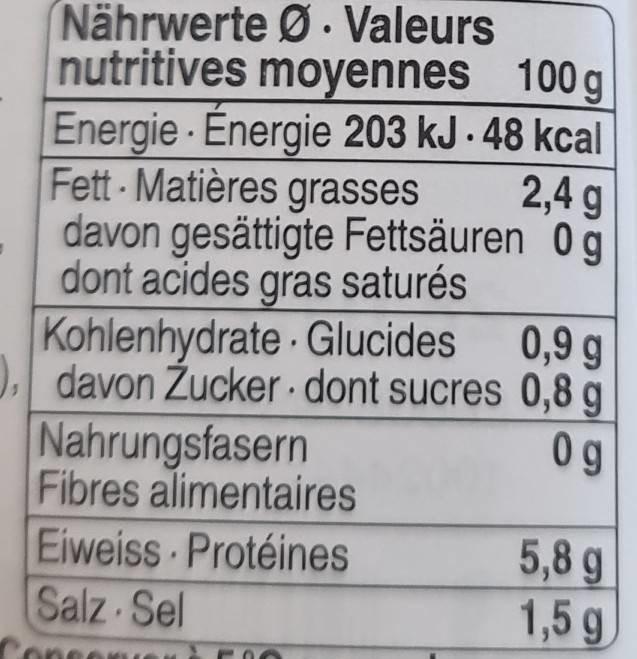
Nährwerte Ø. Valeurs nutritives moyennes 100 g Energie Energie 203 kJ - 48 kcal 2,4 g davon gesättigte Fettsäuren 0g dont acides gras saturés Kohlenhydrate Glucides 0,9 g davon Zucker - dont sucres 0,8 g 0 g
Fett-Matières grasses
Nahrungsfasern Fibres alimentaires
Eiweiss Protéines Salz Sel Concer
5,8 g 1,5 g